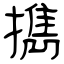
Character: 擕